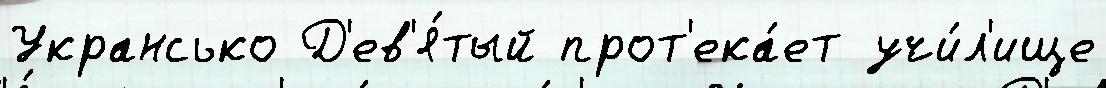
Укрансько Д'ев'я́тый прот'ека́ет учи́л'ище